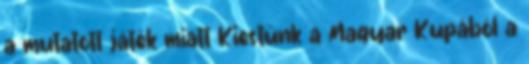
a mutatott játék miatt Kiestünk a Magyar Kupából a